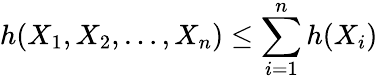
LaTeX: h(X_{1},X_{2},\ldots,X_{n})\leq\sum_{i=1}^{n}h(X_{i})